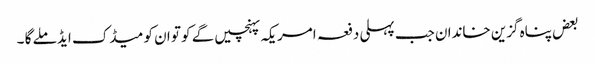
بعض پناہ گزین خاندان جب پہلی دفعہ امریکہ پہنچیں گے کو تو ان کو میڈک ایڈ ملے گا ۔